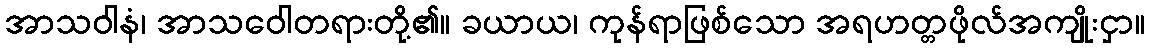
အာသဝါနံ၊ အာသဝေါတရားတို့၏။ ခယာယ၊ ကုန်ရာဖြစ်သော အရဟတ္တဖိုလ်အကျိုးငှာ။